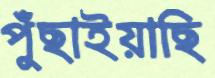
পুঁছাইয়াছি